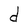
Character: d